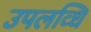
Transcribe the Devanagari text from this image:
उपलव्धि